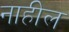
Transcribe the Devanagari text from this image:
नाहील